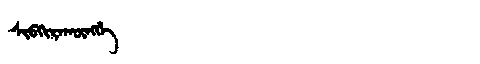
Manchu: ᠰᡳᠪᡴᡳᡵᠠᡴᡡᠩᡤᡝ
Romanization: SIBKIRAKŪNGGE